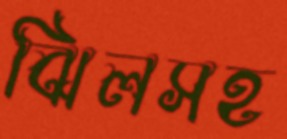
ঝিলসহ